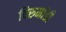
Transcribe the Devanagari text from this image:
विरुमांडी